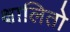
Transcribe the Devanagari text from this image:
क्षालितो